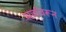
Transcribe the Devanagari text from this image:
सर्वांवरून